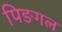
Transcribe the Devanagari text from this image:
पिङगल